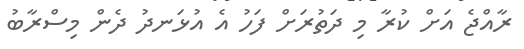
ރާއްޖެ އަށް ކުރާ މި ދަތުރަށް ފަހު އެ އުޅަނދު ދެން މިސްރާބު